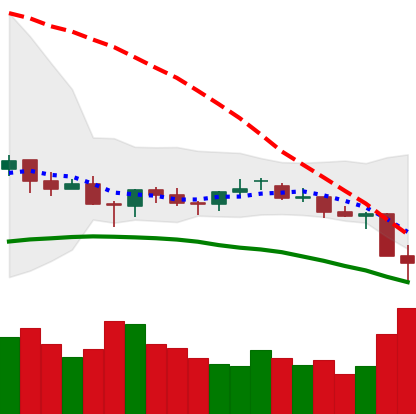
Ticker: LTC-USD
Chart end date: 2021-06-22
Forward return: 10.656%
Label: up_7plus